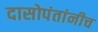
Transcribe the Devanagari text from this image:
दासोपंतांनीच